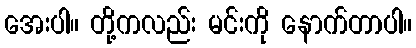
အေးပါ။ တို့ကလည်း မင်းကို နောက်တာပါ။